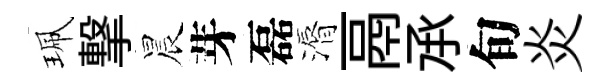
珮撃晨芽磊漘鬲𠄘旬炎